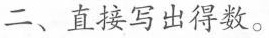
二、直接写出得数。